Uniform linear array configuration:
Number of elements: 48
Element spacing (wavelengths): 0.75
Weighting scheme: kaiser
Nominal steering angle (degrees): -60
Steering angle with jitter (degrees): -61.288
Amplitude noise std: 0.05
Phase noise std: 0.05

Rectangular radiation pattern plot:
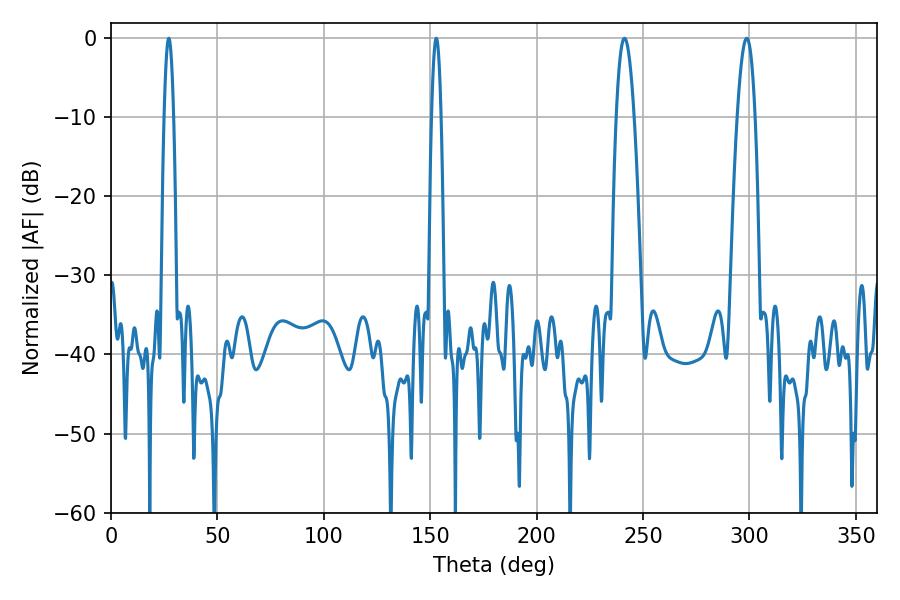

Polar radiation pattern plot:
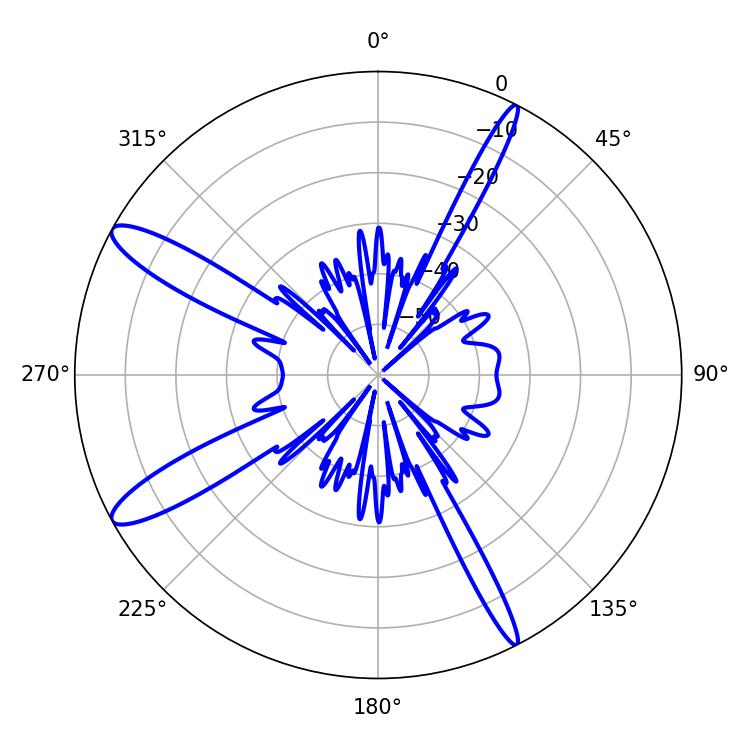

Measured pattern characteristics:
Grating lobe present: TRUE
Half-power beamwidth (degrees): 2.34
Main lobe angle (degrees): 152.82